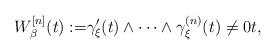
LaTeX: \begin{align*}W_\beta^{[n]}(t):=&\gamma_\xi'(t)\wedge\cdots\wedge \gamma_\xi^{(n)}(t)\neq 0 t,\end{align*}